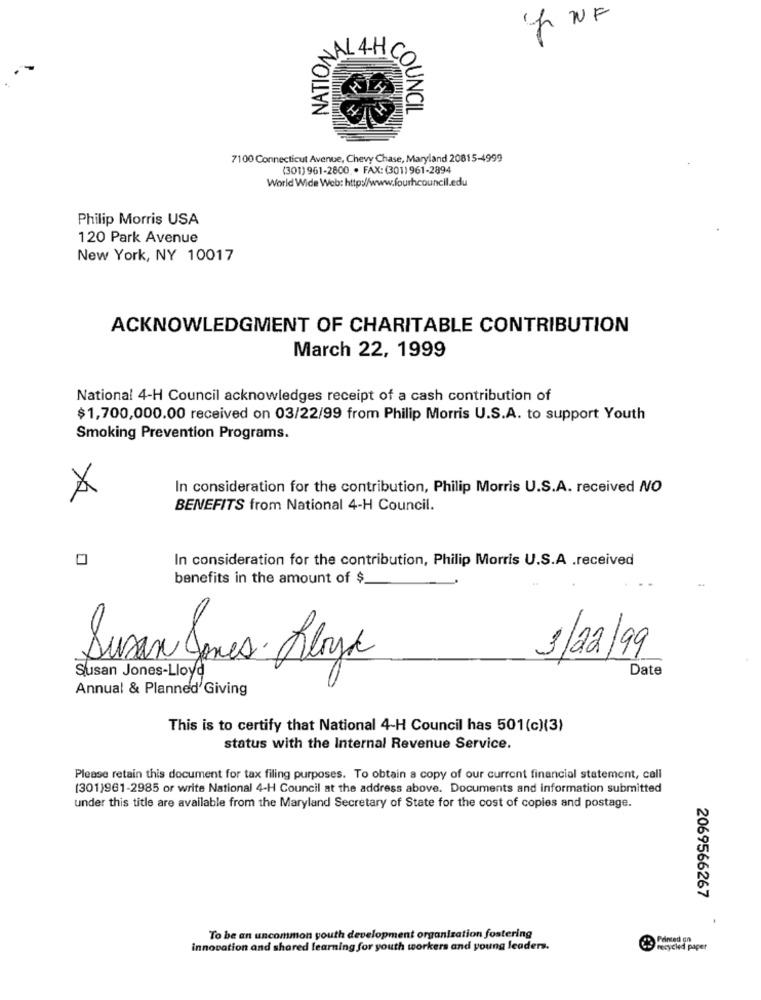
f NF
NATION
COUNCIL
7100 Connecticut Avenue, Chevy Chase, Maryland 20815-4999
(301) 961-2800 . FAX: (301) 961-2894
World Wide Web: http://www.fourhcouncil.edu
Philip Morris USA
120 Park Avenue
New York, NY 10017
ACKNOWLEDGMENT OF CHARITABLE CONTRIBUTION
March 22, 1999
National 4-H Council acknowledges receipt of a cash contribution of
$1,700,000.00 received on 03/22/99 from Philip Morris U.S.A. to support Youth
Smoking Prevention Programs.
In consideration for the contribution, Philip Morris U.S.A. received NO
BENEFITS from National 4-H Council.
In consideration for the contribution, Philip Morris U.S.A .received
benefits in the amount of $
3/22/99
Susan Jones-Lloyd
Susan Jones. Klayk
Date
Annual & Planned Giving
This is to certify that National 4-H Council has 501(c)(3)
status with the Internal Revenue Service.
Please retain this document for tax filing purposes. To obtain a copy of our current financial statement, call
(301)961-2985 or write National 4-H Council at the address above. Documents and information submitted
under this title are available from the Maryland Secretary of State for the cost of copies and postage.
2069566267
To be an uncommon youth development organization fostering
Printed on
innovation and shared learning for youth workers and young leaders.
recycled paper